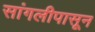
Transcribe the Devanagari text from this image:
सांगलीपासून